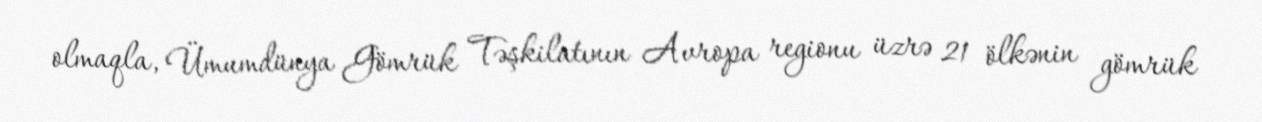
olmaqla, Ümumdünya Gömrük Təşkilatının Avropa regionu üzrə 21 ölkənin gömrük